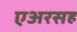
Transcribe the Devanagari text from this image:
एअरसह